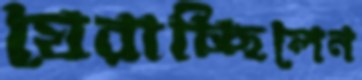
ঘেরাচ্ছিলেন